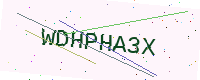
Text: WDHPHA3X